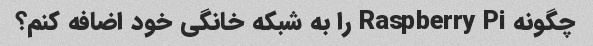
چگونه Raspberry Pi را به شبکه خانگی خود اضافه کنم؟